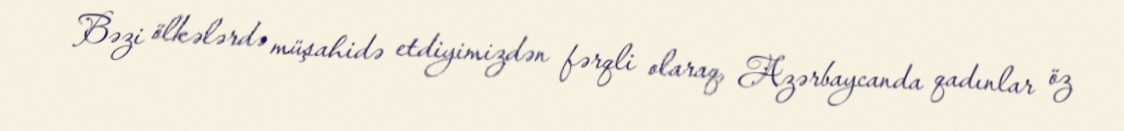
Bəzi ölkələrdə müşahidə etdiyimizdən fərqli olaraq, Azərbaycanda qadınlar öz